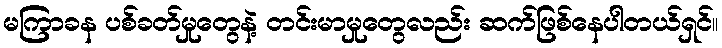
မကြာခန ပစ်ခတ်မှုတွေနဲ့ တင်းမာမှုတွေလည်း ဆက်ဖြစ်နေပါတယ်ရှင်။